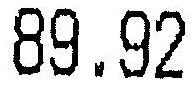
89.92